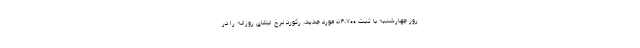
روز چهارشنبه با ثبت ۵۴،۷۰۰ مورد جدید، رکورد نرخ ابتلای روزانه را در